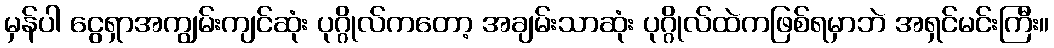
မှန်ပါ ငွေရှာအကျွမ်းကျင်ဆုံး ပုဂ္ဂိုလ်ကတော့ အချမ်းသာဆုံး ပုဂ္ဂိုလ်ထဲကဖြစ်ရမှာဘဲ အရှင်မင်းကြီး။